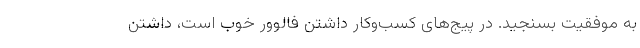
به موفقیت بسنجید. در پیج‌های کسب‌وکار داشتن فالوور خوب است، داشتن